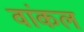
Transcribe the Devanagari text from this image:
वांकल